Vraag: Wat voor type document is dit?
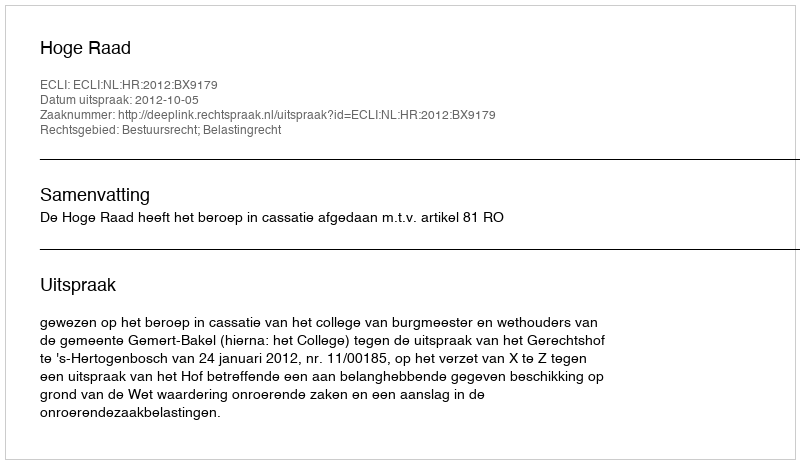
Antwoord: Uitspraak